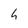
Character: h